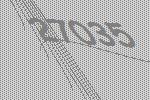
27035